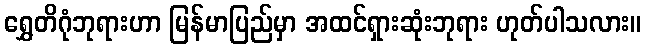
ရွှေတိဂုံဘုရားဟာ မြန်မာပြည်မှာ အထင်ရှားဆုံးဘုရား ဟုတ်ပါသလား။